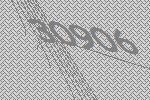
30906